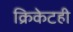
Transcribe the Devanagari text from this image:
क्रिकेटही